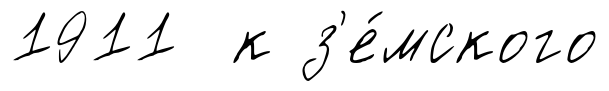
1911 к з'е́мского